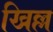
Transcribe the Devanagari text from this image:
खिल्ल